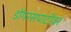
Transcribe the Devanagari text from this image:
डोंगरसपाटीवर